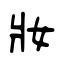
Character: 妝